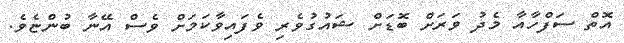
އޮތް ސަފްހާއާ މެދު ވަރަށް ބޮޑަށް ޝައުގުވެރި ވެފައިވާކަމަށް ވެސް އޭނާ ބުންޏެވެ.